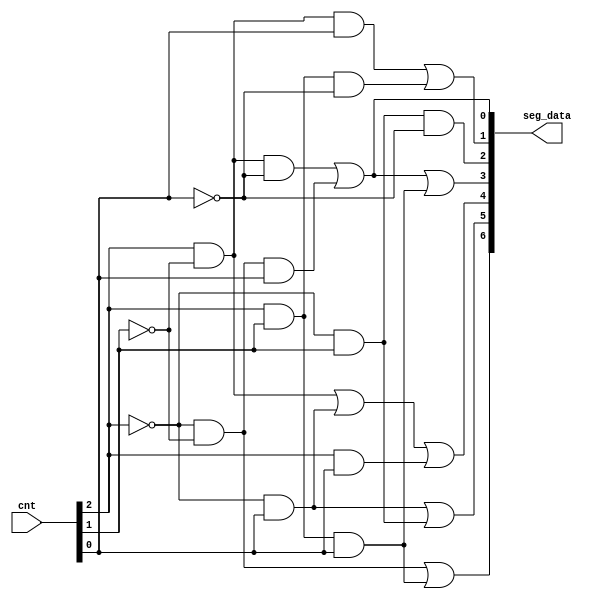
module lab5_cnt0_7(	
		input [2:0] cnt,
		output reg [6:0] seg_data
	);

	//cnt
	always@(*)begin
		seg_data[0] = (cnt[2] & !cnt[1] & !cnt[0]) | (!cnt[2] & !cnt[1] & cnt[0]);
		seg_data[1] = (cnt[2] & !cnt[1] & cnt[0]) | (cnt[2] & cnt[1] & !cnt[0]);
		seg_data[2] = !cnt[2] & cnt[1] & !cnt[0];
		seg_data[3] = (cnt[2] & !cnt[1] & !cnt[0]) | (!cnt[2] & !cnt[1] & cnt[0]) | (cnt[2] & cnt[1] & cnt[0]);
		seg_data[4] = (cnt[2] & !cnt[1]) | (!cnt[2] & cnt[0]) | (cnt[2] & cnt[0]);
		seg_data[5] = (!cnt[2] & cnt[0]) | (!cnt[2] & cnt[1]);
		seg_data[6] = (!cnt[2] & !cnt[1]) | (cnt[2] & cnt[1] & cnt[0]) ; 
	end
	
endmodule